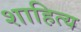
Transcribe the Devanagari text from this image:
शाहित्य